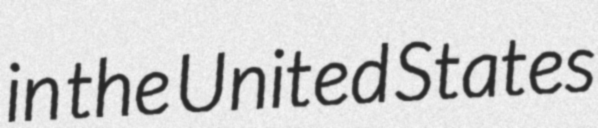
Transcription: in the United States